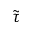
\tilde { \tau }